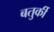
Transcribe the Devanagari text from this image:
बतुर्की